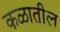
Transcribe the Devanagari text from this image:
कळातील